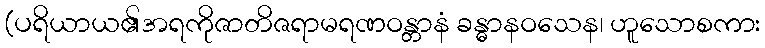
(ပရိယာယ၏အရကိုဇာတိဇရာမရဏဝန္တာနံ ခန္ဓာနဝသေန၊ ဟူသောစကား